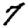
Digit: 7